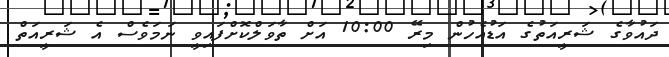
ދައުވާގެ ޝަރީއަތުގެ އަޑުއެހުން މިރޭ 10:00 އަށް ތާވަލްކޮށްފައިވީ ނަމަވެސް އެ ޝަރީއަތް